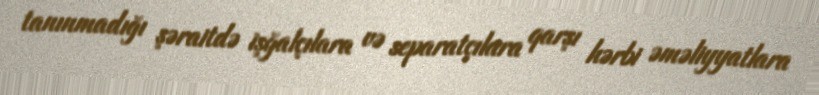
tanınmadığı şəraitdə işğalçılara və separatçılara qarşı hərbi əməliyyatlara